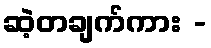
ဆဲ့တချက်ကား -